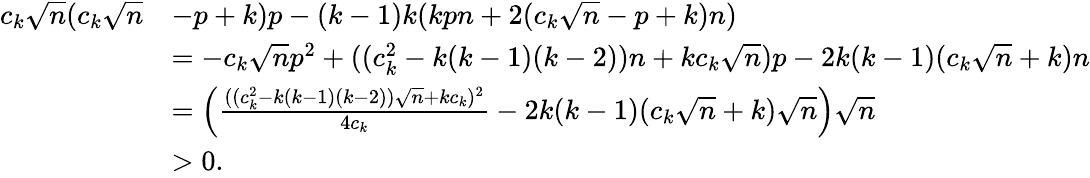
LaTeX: \begin{array}{rl}{c_{k}\sqrt{n}(c_{k}\sqrt{n}}&{-p+k)p-(k-1)k(kpn+2(c_{k}\sqrt{n}-p+k)n)}\\ &{=-c_{k}\sqrt{n}p^{2}+((c_{k}^{2}-k(k-1)(k-2))n+kc_{k}\sqrt{n})p-2k(k-1)(c_{k}\sqrt{n}+k)n}\\ &{=\left(\frac{((c_{k}^{2}-k(k-1)(k-2))\sqrt{n}+kc_{k})^{2}}{4c_{k}}-2k(k-1)(c_{k}\sqrt{n}+k)\sqrt{n}\right)\sqrt{n}}\\ &{>0.}\end{array}